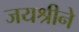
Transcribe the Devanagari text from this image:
जयश्रीने